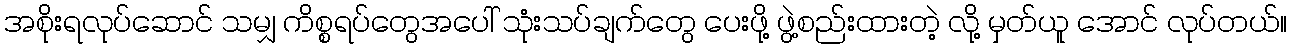
အစိုးရလုပ်ဆောင် သမျှ ကိစ္စရပ်တွေအပေါ် သုံးသပ်ချက်တွေ ပေးဖို့ ဖွဲ့စည်းထားတဲ့ လို့ မှတ်ယူ အောင် လုပ်တယ်။